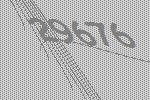
29676